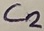
Text: C2